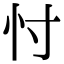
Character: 忖